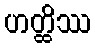
ဟတ္ထိဿ